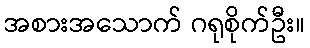
အစားအသောက် ဂရုစိုက်ဦး။